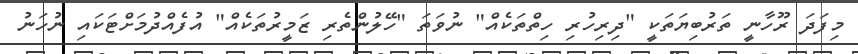
މިފަދަ ރޫހާނީ ތަރުބިޔަތަކީ "ދިރިހުރި ހިތްތަކެއް" ނުވަތަ "ހޭލުންތެރި ޒަމީރުތަކެއް" އުފެއްދުމަށްޓަކައި ނުހަނު